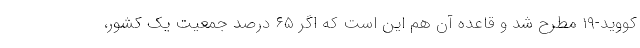
کووید-۱۹ مطرح شد و قاعده آن هم این است که اگر ۶۵ درصد جمعیت یک کشور،